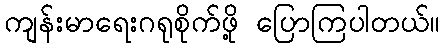
ကျန်းမာရေးဂရုစိုက်ဖို့ ပြောကြပါတယ်။